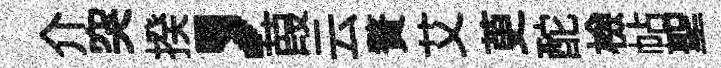
介突揆，葭云贅艾茰酡檢帖聖